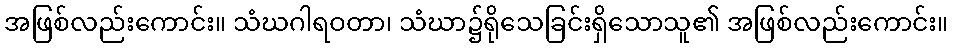
အဖြစ်လည်းကောင်း။ သံဃဂါရဝတာ၊ သံဃာ၌ရိုသေခြင်းရှိသောသူ၏ အဖြစ်လည်းကောင်း။